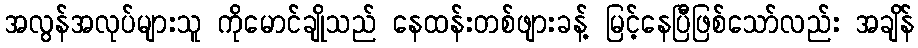
အလွန်အလုပ်များသူ ကိုမောင်ချိုသည် နေထန်းတစ်ဖျားခန့် မြင့်နေပြီဖြစ်သော်လည်း အချိန်